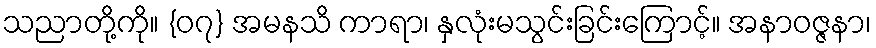
သညာတို့ကို။ {၀၇} အမနသိ ကာရာ၊ နှလုံးမသွင်းခြင်းကြောင့်။ အနာဝဇ္ဇနာ၊